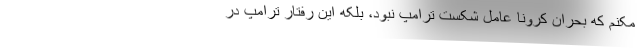
مکنم که بحران کرونا عامل شکست ترامپ نبود، بلکه این رفتار ترامپ در